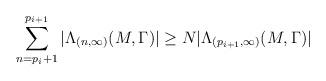
LaTeX: \begin{align*} \sum_{n=p_{i}+1}^{p_{i+1}}|\Lambda_{(n,\infty)}(M,\Gamma)|\geq N|\Lambda_{(p_{i+1},\infty)}(M,\Gamma)|\end{align*}